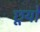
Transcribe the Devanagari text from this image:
छूयो